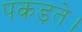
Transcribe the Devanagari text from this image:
पकड़ते।